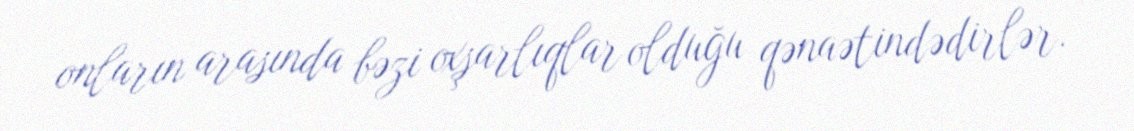
onların arasında bəzi oxşarlıqlar olduğu qənaətindədirlər.